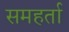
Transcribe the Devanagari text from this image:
समहर्ता